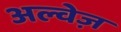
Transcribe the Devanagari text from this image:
अल्वेज़